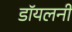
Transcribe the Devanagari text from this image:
डॉयलनी